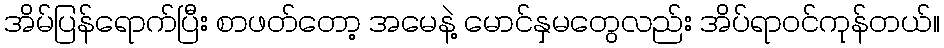
အိမ်ပြန်ရောက်ပြီး စာဖတ်တော့ အမေနဲ့ မောင်နှမတွေလည်း အိပ်ရာဝင်ကုန်တယ်။